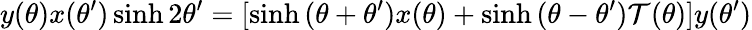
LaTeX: y(\theta)x(\theta^{\prime})\sinh2\theta^{\prime}=[\sinh{(\theta+\theta^{\prime})}x(\theta)+\sinh{(\theta-\theta^{\prime})}\mathcal{T}(\theta)]y(\theta^{\prime})